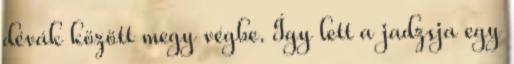
dévák között megy végbe. Így lett a jadzsja egy